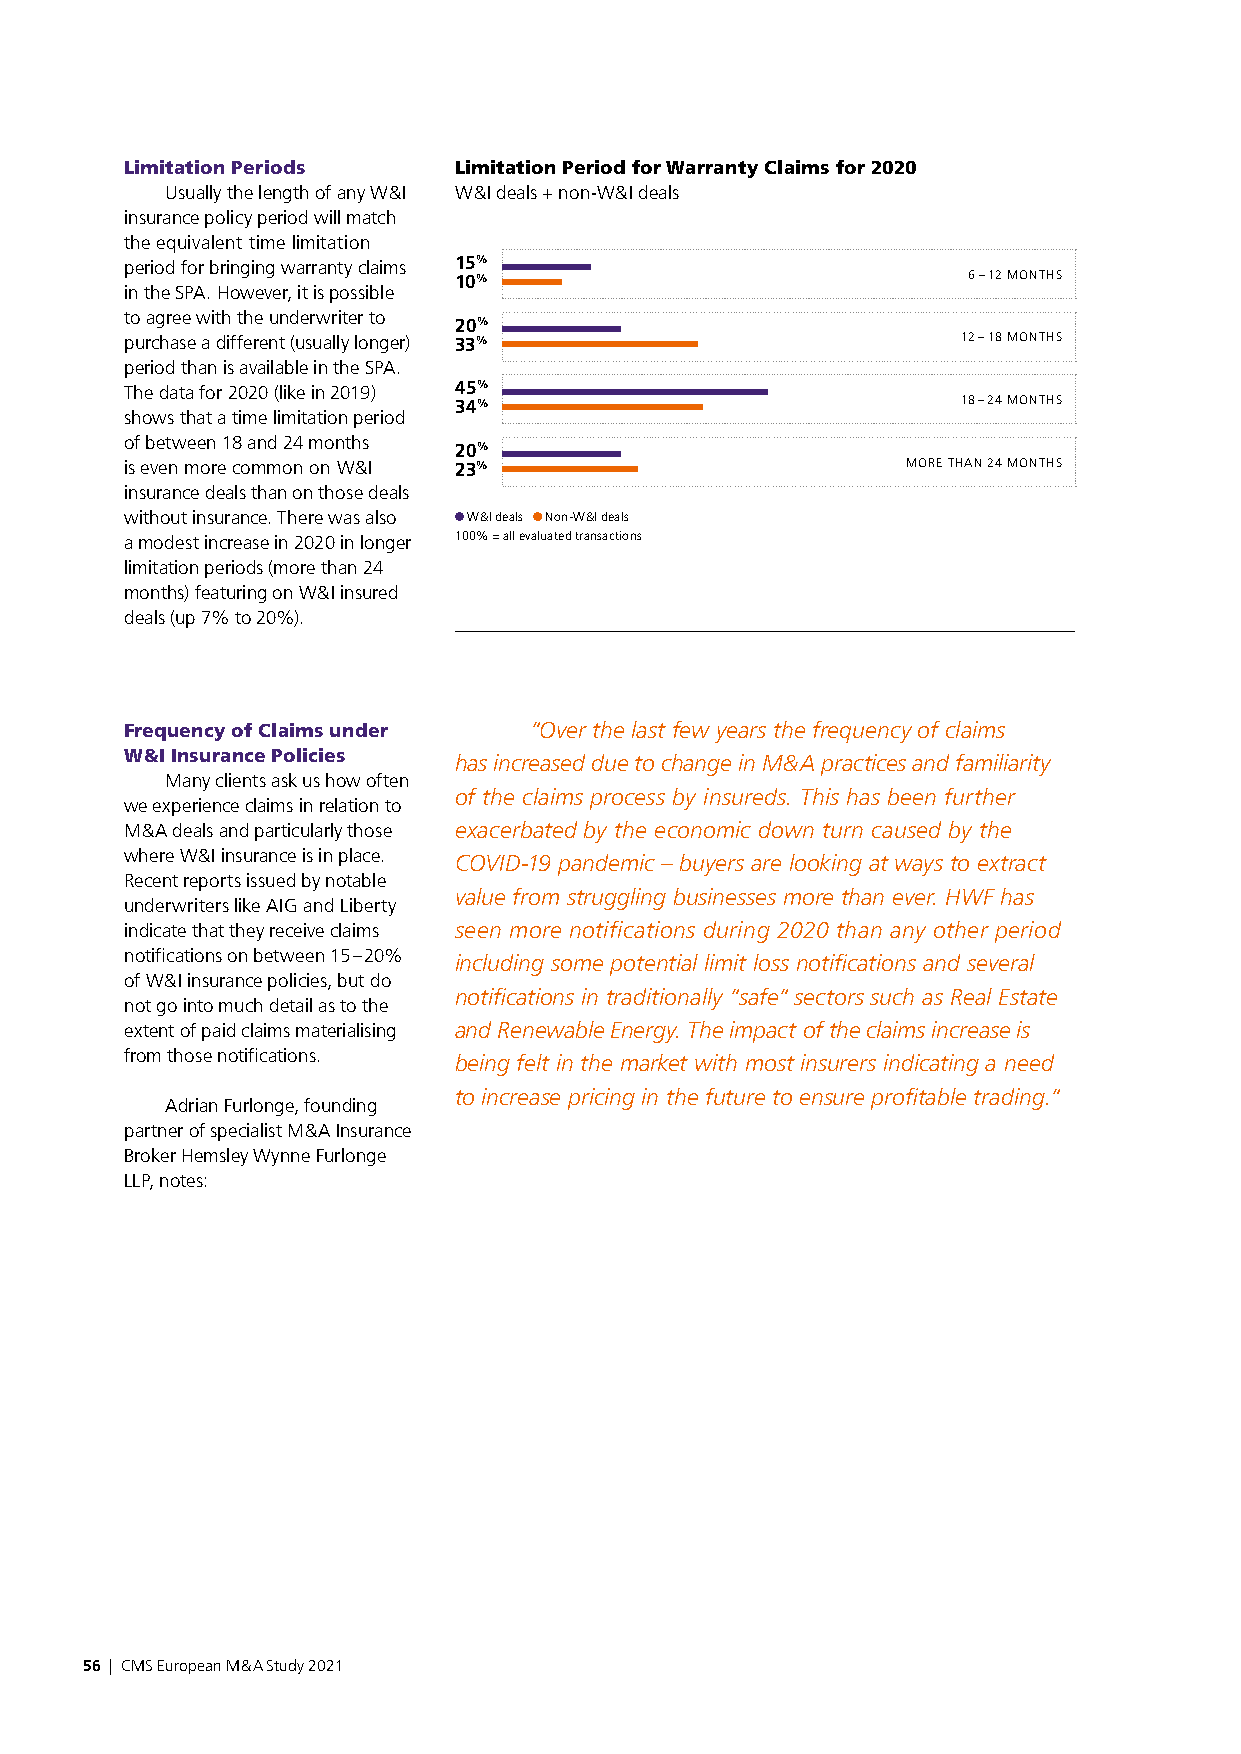
Limitation Periods    Limitation Period for Warranty Claims for 2020
 Usually the length of any W & I W & I deals + non-W & I deals
 insurance policy period will match
 the equivalent time limitation
 period for bringing warranty claims 15%
 10%                               6 – 12 MONTHS
 in the SPA. However, it is possible
 to agree with the underwriter to
 20%
 purchase a different (usually longer) 33%               12 – 18 MONTHS
 period than is available in the SPA.
 The data for 2020 (like in 2019) 45%
 34%                               18 – 24 MONTHS
 shows that a time limitation period
 of between 18 and 24 months
 20%
 is even more common on W & I 23%                    MORE THAN 24 MONTHS
 insurance deals than on those deals
 without insurance. There was also W & I deals Non-W & I deals
 a modest increase in 2020 in longer 100% = all evaluated transactions
 limitation periods (more than 24
 months) featuring on W & I insured
 deals (up 7% to 20%).
 Frequency of Claims under  “Over the last few years the frequency of claims
 W & I Insurance Policies
 has increased due to change in M & A practices and familiarity
 Many clients ask us how often
 of the claims process by insureds. This has been further
 we experience claims in relation to
 M & A deals and particularly those exacerbated by the economic down turn caused by the
 where W & I insurance is in place.
 COVID-19 pandemic – buyers are looking at ways to extract
 Recent reports issued by notable
 value from struggling businesses more than ever. HWF has
 underwriters like AIG and Liberty
 indicate that they receive claims seen more notifications during 2020 than any other period
 notifications on between 15 – 20%
 including some potential limit loss notifications and several
 of W & I insurance policies, but do
 notifications in traditionally “safe“ sectors such as Real Estate
 not go into much detail as to the
 extent of paid claims materialising and Renewable Energy. The impact of the claims increase is
 from those notifications.
 being felt in the market with most insurers indicating a need
 to increase pricing in the future to ensure profitable trading.“
 Adrian Furlonge, founding
 partner of specialist M & A Insurance
 Broker Hemsley Wynne Furlonge
 LLP, notes:
 56 | CMS European M & A Study 2021